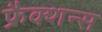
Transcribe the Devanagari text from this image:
फ्रैक्शन्स